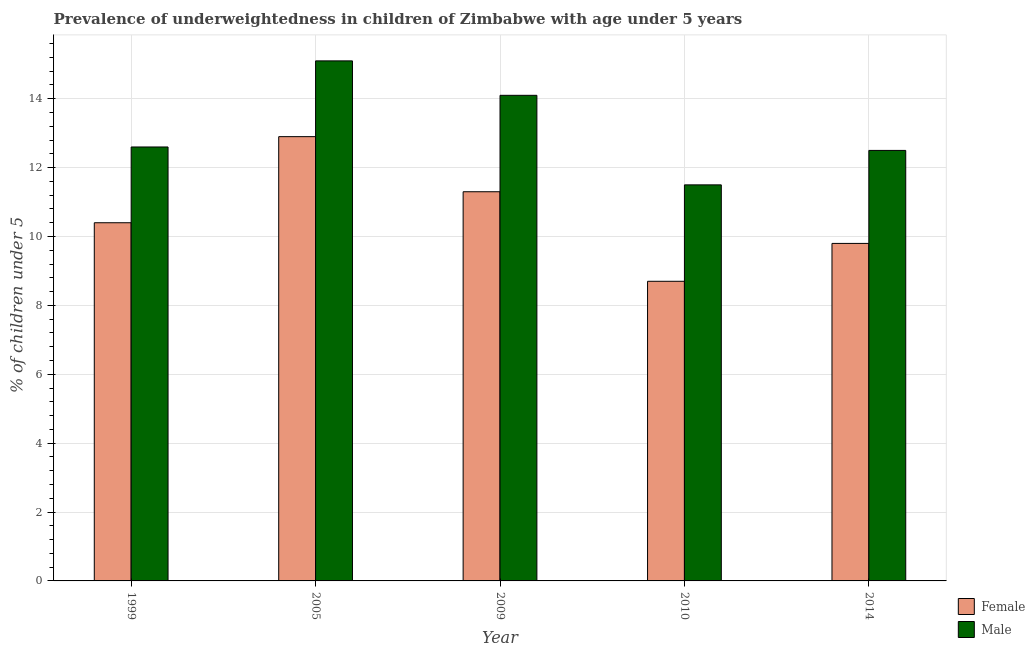
| Year | Female | Male |
 | --- | --- | --- |
 | 1999 | 10.4 | 12.6 |
 | 2005 | 12.9 | 15.1 |
 | 2009 | 11.3 | 14.1 |
 | 2010 | 8.7 | 11.5 |
 | 2014 | 9.8 | 12.5 |